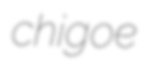
chigoe